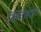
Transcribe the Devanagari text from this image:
निर्मितीसंदर्भात